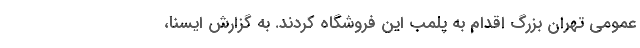
عمومی تهران بزرگ اقدام به پلمب این فروشگاه کردند. به گزارش ایسنا،